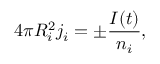
4 \pi R _ { i } ^ { 2 } j _ { i } = \pm \frac { I ( t ) } { n _ { i } } ,